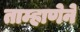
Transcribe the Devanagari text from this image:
ताम्हाणेने